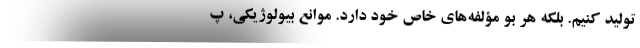
تولید کنیم. بلکه هر بو مؤلفه‌های خاص خود دارد. موانع بیولوژیکی، پ